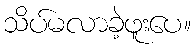
သိပ်မလာခဲ့ဖူးပေ။